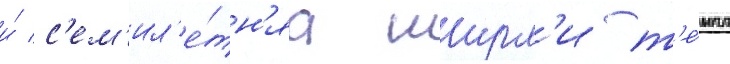
и́ с'ем'ил'е́тн'яа ширл'и т'е́мпл